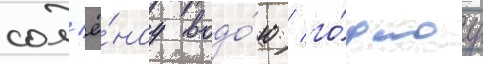
сол'ё́ноу водо́ю / го́дноу